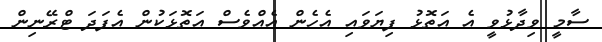
ސާމީ ވިދާޅުވީ އެ އަތޮޅު ފިޔަވައި އެހެން އެއްވެސް އަތޮޅަކުން އެފަދަ ޓްރޭނިން